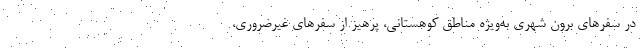
در سفرهای برون شهری به‌ویژه مناطق کوهستانی، پرهیز از سفرهای غیرضروری،